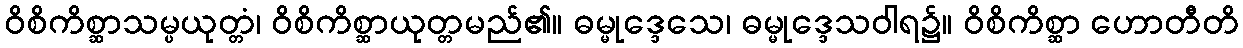
ဝိစိကိစ္ဆာသမ္ပယုတ္တံ၊ ဝိစိကိစ္ဆာယုတ္တမည်၏။ ဓမ္မုဒ္ဒေသေ၊ ဓမ္မုဒ္ဒေသဝါရ၌။ ဝိစိကိစ္ဆာ ဟောတီတိ